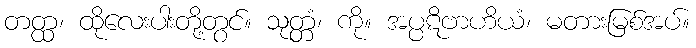
တတ္ထ၊ ထိုလေးပါးတို့တွင်။ သုတ္တံ၊ ကို။ အပ္ပဋိဗာဟိယံ၊ မတားမြစ်အပ်။